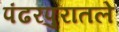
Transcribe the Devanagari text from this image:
पंढरपुरातले